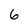
Character: 6